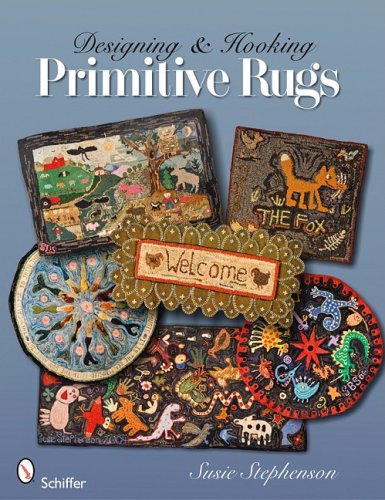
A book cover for Designing & Hooking Primitive Rugs; Susie Stephenson; Crafts, Hobbies & Home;